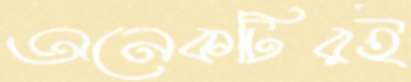
অনেকটিরই